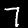
Label: 7